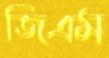
জিএম